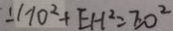
\bot H O ^ { 2 } + E H ^ { 2 } = E O ^ { 2 }